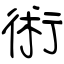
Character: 術